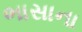
ભાસાના